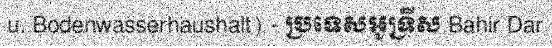
u. Bodenwasserhaushalt) - ប្រទេសអូទ្រីស Bahir Dar